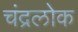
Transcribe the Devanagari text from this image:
चंद्रलोक